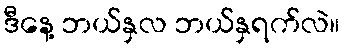
ဒီနေ့ ဘယ်နှလ ဘယ်နှရက်လဲ။